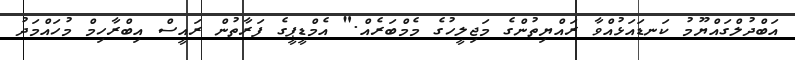
އަބްދުލްގައްޔޫމު ކަނޑައަޅުއްވާ ރައްޔިތުންގެ މަޖިލީހުގެ މެމްބަރެއް." އެމްޑީޕީގެ ފަރާތުން ރައީސް އިބްރާހިމް މުހައްމަދު